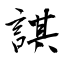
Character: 諆